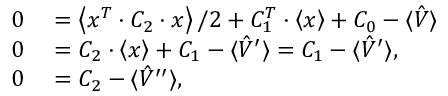
\begin{array} { r l } { 0 } & { { } = \left\langle x ^ { T } \cdot C _ { 2 } \cdot x \right\rangle / 2 + C _ { 1 } ^ { T } \cdot \left\langle x \right\rangle + C _ { 0 } - \langle \hat { V } \rangle } \\ { 0 } & { { } = C _ { 2 } \cdot \left\langle x \right\rangle + C _ { 1 } - \langle \hat { V } ^ { \prime } \rangle = C _ { 1 } - \langle \hat { V } ^ { \prime } \rangle , } \\ { 0 } & { { } = C _ { 2 } - \langle \hat { V } ^ { \prime \prime } \rangle , } \end{array}